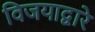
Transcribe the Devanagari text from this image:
विजयाद्वारे